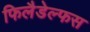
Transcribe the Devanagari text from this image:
फिलैडेल्फस